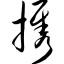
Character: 携